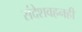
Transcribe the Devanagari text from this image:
संदेशवहनही